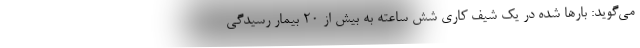
می‌گوید: بارها شده در یک شیف کاری شش ساعته به بیش از ۲۰ بیمار رسیدگی